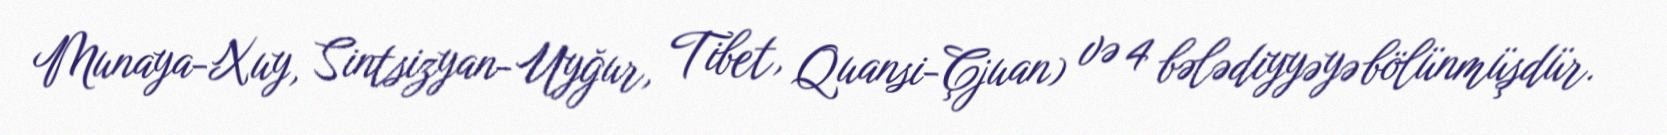
Munaya-Xuy, Sintsizyan-Uyğur, Tibet, Quansi-Çjuan) və 4 bələdiyyəyə bölünmüşdür.